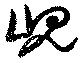
峴